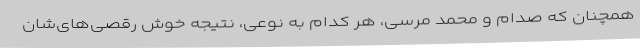
همچنان که صدام و محمد مرسی، هر کدام به نوعی، نتیجه خوش رقصی‌های‌شان